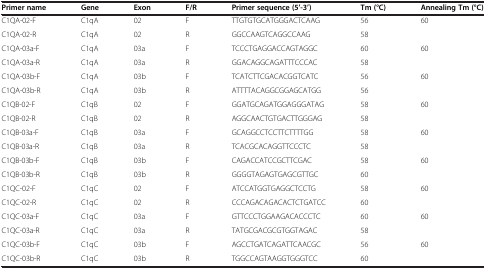
<table><thead><tr><td><b>Primer name</b></td><td><b>Gene</b></td><td><b>Exon</b></td><td><b>F/R</b></td><td><b>Primer sequence (5’-3’)</b></td><td><b>Tm (°C)</b></td><td><b>Annealing Tm (°C)</b></td></tr></thead><tbody><tr><td>C1QA-02-F</td><td>C1qA</td><td>02</td><td>F</td><td>TTGTGTGCATGGGACTCAAG</td><td>56</td><td>60</td></tr><tr><td>C1QA-02-R</td><td>C1qA</td><td>02</td><td>R</td><td>GGCCAAGTCAGGCCAAG</td><td>58</td><td> </td></tr><tr><td>C1QA-03a-F</td><td>C1qA</td><td>03a</td><td>F</td><td>TCCCTGAGGACCAGTAGGC</td><td>60</td><td>60</td></tr><tr><td>C1QA-03a-R</td><td>C1qA</td><td>03a</td><td>R</td><td>GGACAGGCAGATTTCCCAC</td><td>58</td><td> </td></tr><tr><td>C1QA-03b-F</td><td>C1qA</td><td>03b</td><td>F</td><td>TCATCTTCGACACGGTCATC</td><td>56</td><td>60</td></tr><tr><td>C1QA-03b-R</td><td>C1qA</td><td>03b</td><td>R</td><td>ATTTTACAGGCGGAGCATGG</td><td>56</td><td> </td></tr><tr><td>C1QB-02-F</td><td>C1qB</td><td>02</td><td>F</td><td>GGATGCAGATGGAGGGATAG</td><td>58</td><td>60</td></tr><tr><td>C1QB-02-R</td><td>C1qB</td><td>02</td><td>R</td><td>AGGCAACTGTGACTTGGGAG</td><td>58</td><td> </td></tr><tr><td>C1QB-03a-F</td><td>C1qB</td><td>03a</td><td>F</td><td>GCAGGCCTCCTTCTTTTGG</td><td>58</td><td>60</td></tr><tr><td>C1QB-03a-R</td><td>C1qB</td><td>03a</td><td>R</td><td>TCACGCACAGGTTCCCTC</td><td>58</td><td> </td></tr><tr><td>C1QB-03b-F</td><td>C1qB</td><td>03b</td><td>F</td><td>CAGACCATCCGCTTCGAC</td><td>58</td><td>60</td></tr><tr><td>C1QB-03b-R</td><td>C1qB</td><td>03b</td><td>R</td><td>GGGGTAGAGTGAGCGTTGC</td><td>60</td><td> </td></tr><tr><td>C1QC-02-F</td><td>C1qC</td><td>02</td><td>F</td><td>ATCCATGGTGAGGCTCCTG</td><td>58</td><td>60</td></tr><tr><td>C1QC-02-R</td><td>C1qC</td><td>02</td><td>R</td><td>CCCAGACAGACACTCTGATCC</td><td>60</td><td> </td></tr><tr><td>C1QC-03a-F</td><td>C1qC</td><td>03a</td><td>F</td><td>GTTCCCTGGAAGACACCCTC</td><td>60</td><td>60</td></tr><tr><td>C1QC-03a-R</td><td>C1qC</td><td>03a</td><td>R</td><td>TATGCGACGCGTGGTAGAC</td><td>58</td><td> </td></tr><tr><td>C1QC-03b-F</td><td>C1qC</td><td>03b</td><td>F</td><td>AGCCTGATCAGATTCAACGC</td><td>56</td><td>60</td></tr><tr><td>C1QC-03b-R</td><td>C1qC</td><td>03b</td><td>R</td><td>TGGCCAGTAAGGTGGGTCC</td><td>60</td><td> </td></tr></tbody></table>